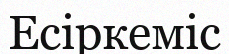
Есіркеміс